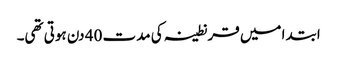
ابتدا میں قرنطینہ کی مدت 40 دن ہوتی تھی۔